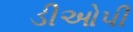
ડીઓપી